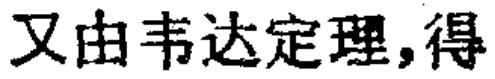
又由韦达定理,得